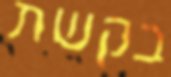
בקשת